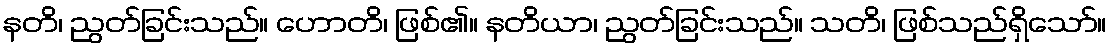
နတိ၊ ညွတ်ခြင်းသည်။ ဟောတိ၊ ဖြစ်၏။ နတိယာ၊ ညွတ်ခြင်းသည်။ သတိ၊ ဖြစ်သည်ရှိသော်။